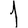
Digit: 1